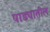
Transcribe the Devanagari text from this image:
पाड्यातील